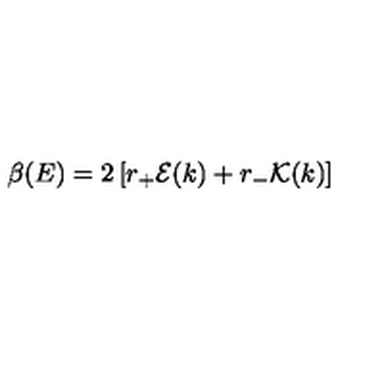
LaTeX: \beta ( E ) = 2 \left[ r _ { + } { \cal E } ( k ) + r _ { - } { \cal K } ( k ) \right]